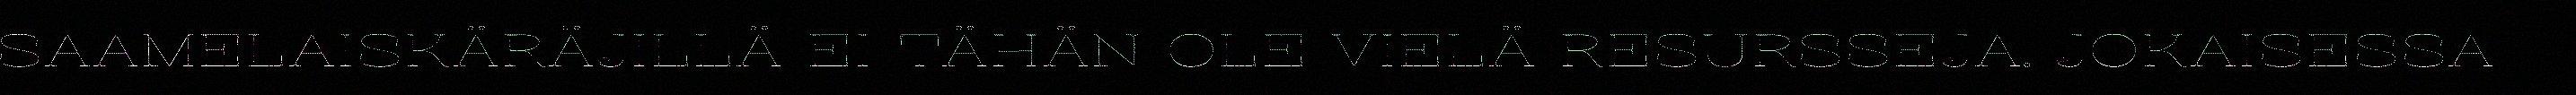
SAAMELAISKÄRÄJILLÄ EI TÄHÄN OLE VIELÄ RESURSSEJA. JOKAISESSA